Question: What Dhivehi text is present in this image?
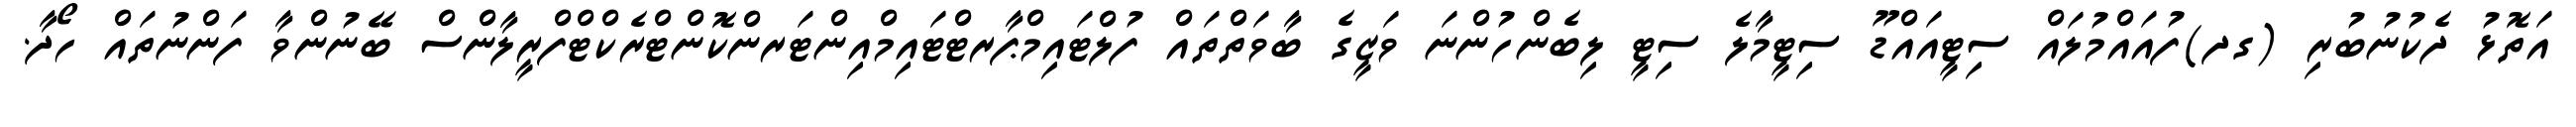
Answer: އަތޮޅު ދެކުނުބުރި (ގދ)ފުއައްމުލައް ސިޓީއައްޑޫ ސިޓީމާލެ ސިޓީ ލިބެންހުންނަ ވަޒީގެ ބާވަތްތައް ފުލްޓައިމްޕާރޓްޓައިމްއިންޓަރންކޮންޓްރެކްޓްފްރީލާންސް ބޭނުންވާ ފަންނުތައް ހޯދާ.